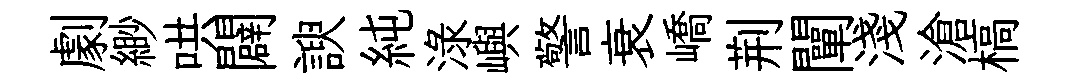
劇緲哄闢諛純渌嶼警衰嶠荆闡淺滄槁